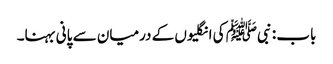
باب : نبیﷺ کی انگلیوں کے درمیان سے پانی بہنا۔